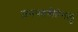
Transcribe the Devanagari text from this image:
जनपदगीतेगलु